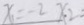
x = - 2 x _ { 2 } =